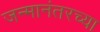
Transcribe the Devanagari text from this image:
जन्मानंतरच्या